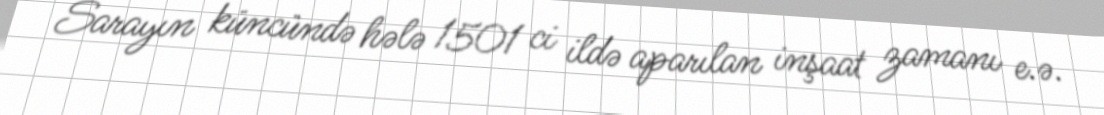
Sarayın küncündə hələ 1501 ci ildə aparılan inşaat zamanı e.ə.